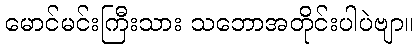
မောင်မင်းကြီးသား သဘောအတိုင်းပါပဲဗျာ။